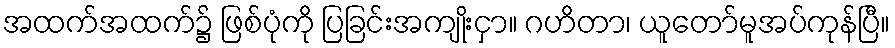
အထက်အထက်၌ ဖြစ်ပုံကို ပြခြင်းအကျိုးငှာ။ ဂဟိတာ၊ ယူတော်မူအပ်ကုန်ပြီ။